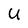
Character: U